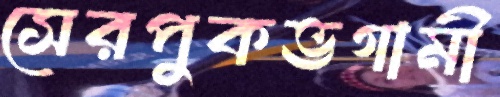
সেরপুকভগামী